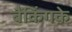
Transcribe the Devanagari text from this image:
बैंकिंगके